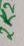
Text: 2K2